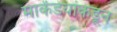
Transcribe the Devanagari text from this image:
मार्कंडेयांकडून